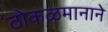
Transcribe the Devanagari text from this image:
ठोकळमानाने